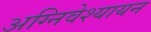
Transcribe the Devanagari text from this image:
अग्निवेश्यायन